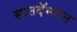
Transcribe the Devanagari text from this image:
साउदॅम्प्टन